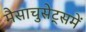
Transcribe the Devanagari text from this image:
मैसाचुसेट्समें